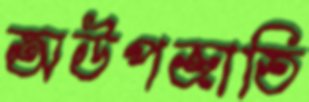
অউপজাতি